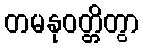
တမနုဝတ္တိတွာ